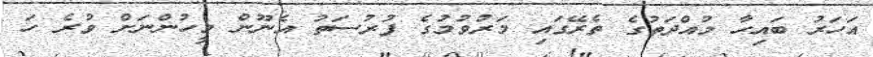
އަހަރު ބައިހާ މުއްދަތުގެ ތެރޭގައި މަރުވުމުގެ ފުރުސަތު އެނޫން މީހުންނަށް ވުރެ ހަ